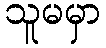
သူမမှာ